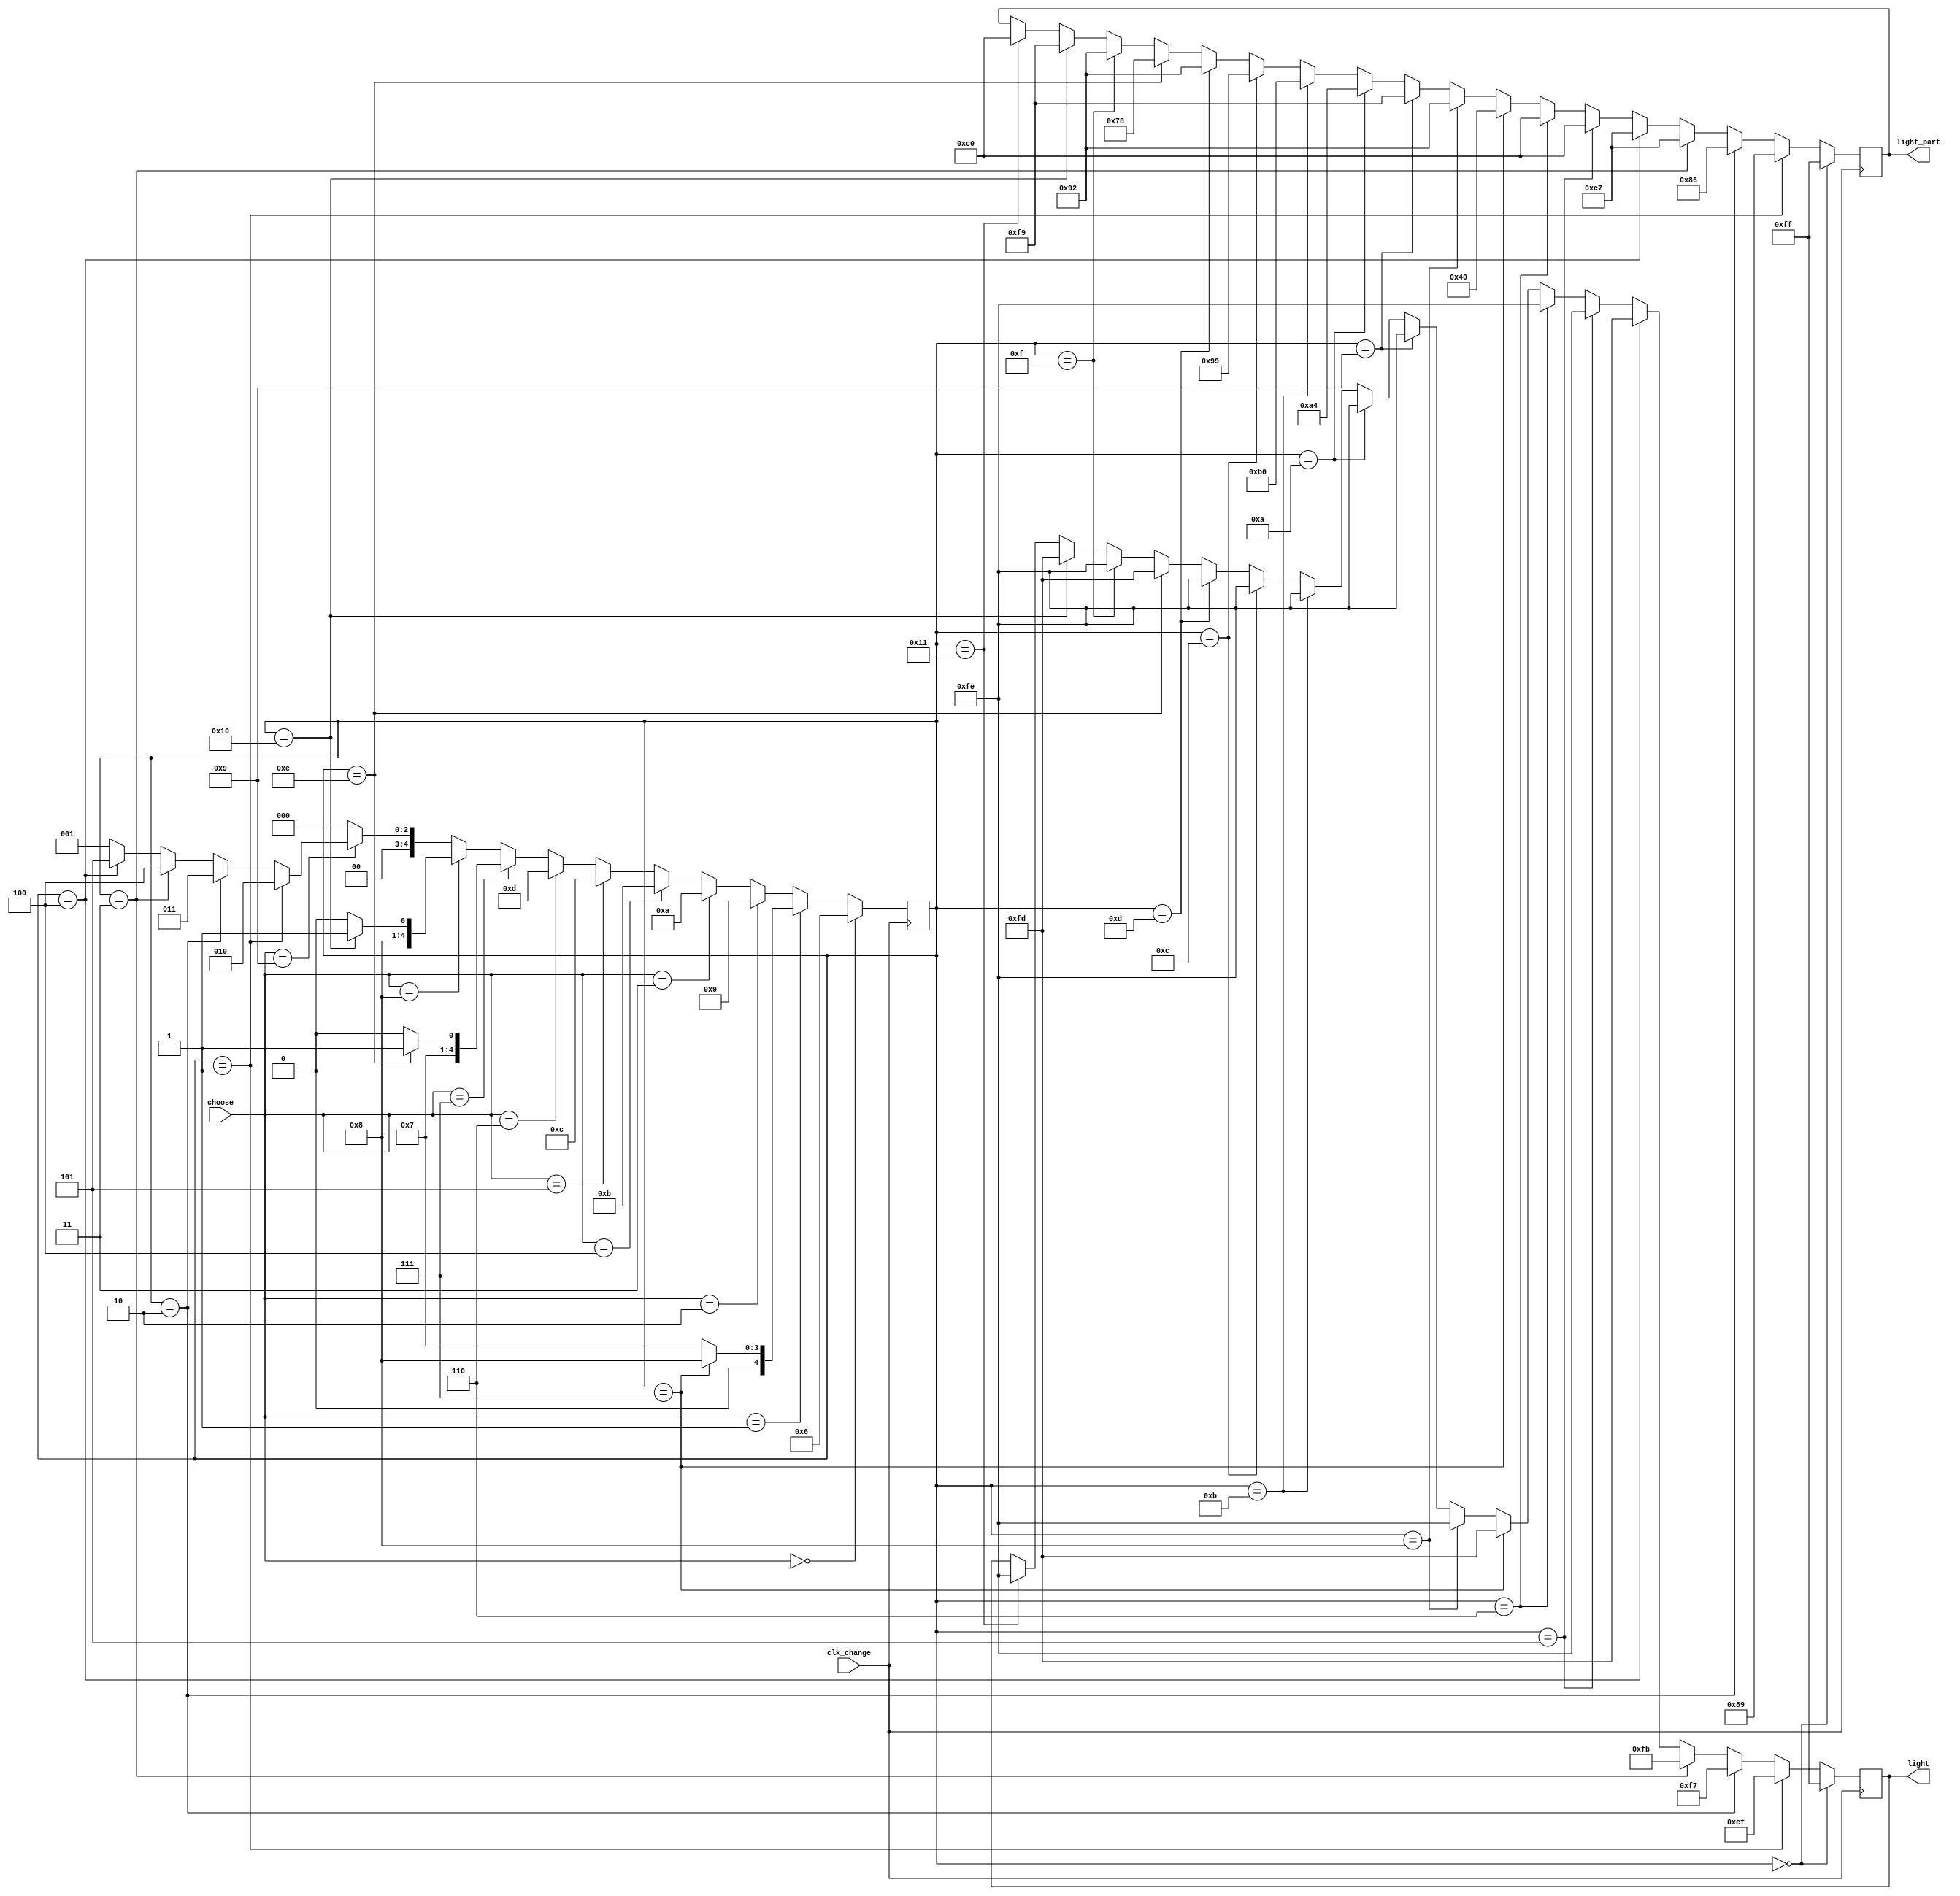
module light_main(
    input clk_change,
    input [3:0] choose,
    output [7:0] light,
    output [7:0] light_part
    );
    reg [7:0] light;
    reg [7:0] light_part;
    reg [4:0] counter;
    initial begin
    counter =1;
    light=8'b11111111;
    light_part=8'b11111111;
    end
    always @(posedge clk_change)
        begin
         if(counter==0)    //ʾ
             begin
             light=8'b11111111;
             light_part=8'b11111111;
             end
        
       else  if(counter==1)                      //ʾH-E-L-L-Oʵhelloʾ 
            begin
            light=8'b11101111;
            light_part=8'b10001001; 
            end
        else if(counter==2)
            begin
            light=8'b11110111;
            light_part=8'b10000110;
            end    
        else if(counter==3)
            begin
            light=8'b11111011;
            light_part=8'b11000111;
            end
        else if(counter==4)
            begin
            light=8'b11111101;
            light_part=8'b11000111; 
            end
        else if(counter==5)
            begin
            light=8'b11111110;
            light_part=8'b11000000;
            end
               
        else if(counter==6)     //ʾ0Ԫ
            begin
            light=8'b11111110;
            light_part=8'b11000000;
            end
            
        else if(counter==7)     //ʾ0.5Ԫ
            begin
            light=8'b11111101;
            light_part=8'b01000000;
            end    
        else if(counter==8)
            begin
            light=8'b11111110;
            light_part=8'b10010010;
            end
            
        else if(counter==9)      //ʾ1Ԫ
            begin
            light=8'b11111110;
            light_part=8'b11111001;
            end
            
        else if(counter==10)     //ʾ2Ԫ
            begin
            light=8'b11111110;
            light_part=8'b10100100;
            end
            
       else  if(counter==11)         //ʾ3Ԫ
            begin
            light=8'b11111110;
            light_part=8'b10110000;
            end   
            
       else if(counter==12)          //ʾ4Ԫ
            begin
            light=8'b11111110;
            light_part=8'b10011001;
            end
            
      else if(counter==13)           //ʾ5Ԫ
            begin
            light=8'b11111110;
            light_part=8'b10010010;
            end
     
      else if(counter==14)           //ʾ7.5Ԫ
            begin
            light=8'b11111101;
            light_part=8'b01111000;
            end
      else if(counter==15)
            begin
            light=8'b11111110;
            light_part=8'b10010010;
            end
      
      else if(counter==16)           //ʾ10Ԫ
            begin
            light=8'b11111101;
            light_part=8'b11111001;
            end
      else if(counter==17)
            begin
            light=8'b11111110;
            light_part=8'b11000000;
            end
            
               
            if(choose==4'b0000)begin                //ʾ0Ԫ
            counter=6;
            end
       else if(choose==4'b0001)begin                //ʾ0.5Ԫ
            if(counter==7)counter=8;
          else if(counter==8)counter=7;
          else counter=7;
            end
       else if(choose==4'b0010)begin                //ʾ1Ԫ
            counter=9;
            end
       else if(choose==4'b0011)begin                //ʾ2Ԫ
            counter=10;
            end
       else if(choose==4'b0100)begin                //ʾ3Ԫ
            counter=11;
            end
       else if(choose==4'b0101)begin                //ʾ4Ԫ
            counter=12;
            end
       else if(choose==4'b0110)begin                //ʾ5Ԫ
            counter=13;
            end
       else if(choose==4'b0111)begin                //ʾ7.5Ԫ
            if(counter==14)counter=15;
          else if(counter==15)counter=14;
          else counter=14;
            end
       else if(choose==4'b1000)begin                //ʾ10Ԫ
            if(counter==16)counter=17;
          else if(counter==17)counter=16;
          else counter=16;
            end
       else if(choose==4'b1001)begin                //ʾhello
              if(counter==1)counter=2;
          else if(counter==2)counter=3;
          else if(counter==3)counter=4;
          else if(counter==4)counter=5;
          else counter=1;
            end
       else if(choose==4'b1010)begin                //ʾ
            counter=0;
            end
       else begin                                   //ʾ
            counter=0;
            end
              
        end
endmodule